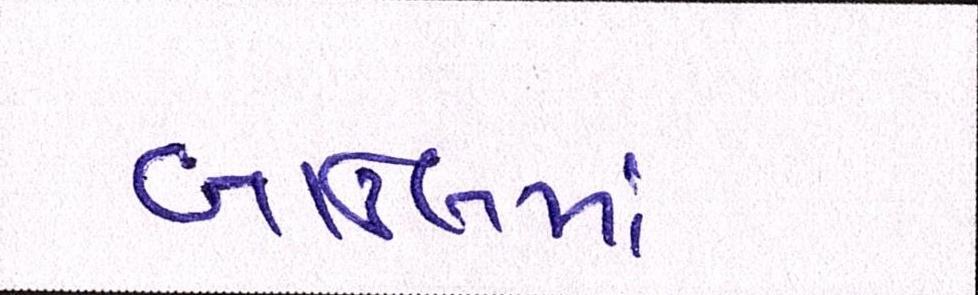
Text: બાઉલમાં